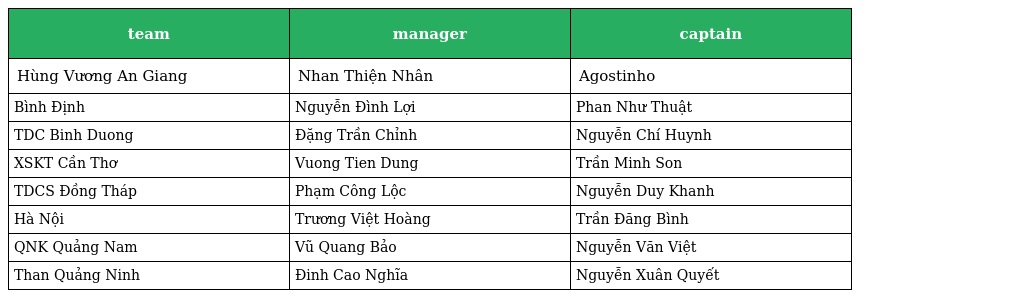
| team | manager | captain |
 | --- | --- | --- |
 | Hùng Vương An Giang | Nhan Thiện Nhân | Agostinho |
 | Bình Ðịnh | Nguyễn Đình Lợi | Phan Như Thuật |
 | TDC Binh Duong | Đặng Trần Chỉnh | Nguyễn Chí Huynh |
 | XSKT Cần Thơ | Vuong Tien Dung | Trần Minh Son |
 | TDCS Đồng Tháp | Phạm Công Lộc | Nguyễn Duy Khanh |
 | Hà Nội | Trương Việt Hoàng | Trần Đăng Bình |
 | QNK Quảng Nam | Vũ Quang Bảo | Nguyễn Văn Việt |
 | Than Quảng Ninh | Đinh Cao Nghĩa | Nguyễn Xuân Quyết |